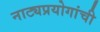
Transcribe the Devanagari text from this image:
नाट्यप्रयोगांची